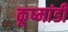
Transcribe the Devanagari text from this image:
कूष्मांडी